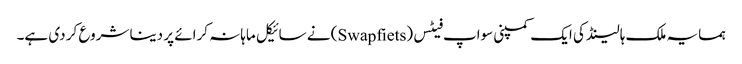
ہمسایہ ملک ہالینڈ کی ایک کمپنی سواپ فیٹس (Swapfiets) نے سائیکل ماہانہ کرائے پر دینا شروع کر دی ہے۔